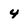
Character: 4